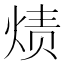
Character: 𮳭